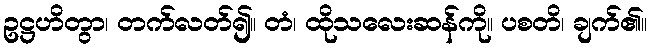
ဥဋ္ဌဟိတွာ၊ တက်လတ်၍။ တံ၊ ထိုသလေးဆန်ကို။ ပစတိ၊ ချက်၏။